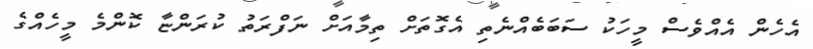
އެހެން އެއްވެސް މީހަކު ސަބަބެއްނެތި އެގޮތަށް ތިމާއަށް ނަފްރަތު ކުރަންޏާ ކޮންމެ މީހެއްގެ